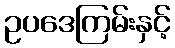
ဥပဒေကြမ်းနှင့်